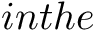
i n t h e